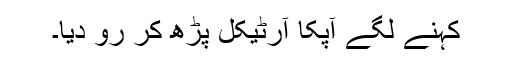
کہنے لگے آپکا آرٹیکل پڑھ کر رو دیا۔